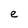
Character: e